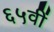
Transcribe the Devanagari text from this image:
६५वीं